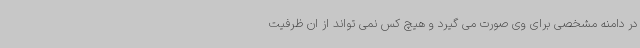
در دامنه مشخصی برای وی صورت می گیرد و هیچ کس نمی تواند از ان ظرفیت